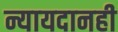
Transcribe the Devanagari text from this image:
न्यायदानही